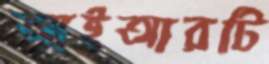
আইআরটি